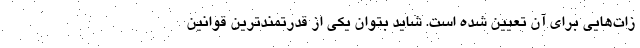
زات‌هایی برای آن تعیین شده است. شاید بتوان یکی از قدرتمندترین قوانین